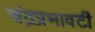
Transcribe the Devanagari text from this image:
चंद्रप्रभावटी